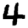
Digit: 4